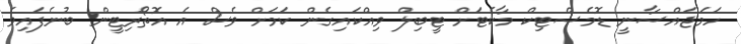
ހަމަޖައްސާނީ ޑޮމެސްޓިކް މާކެޓަށް ޓީބިލް ވިއްކައިގެން ކަމަށް ވެސް އެ އޮތޯރިޓީން ބުނެފައިވެ